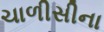
ચાળીસીના